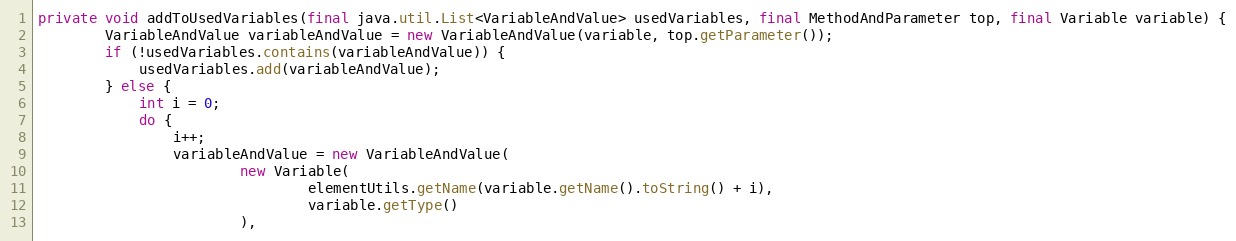
Language: Java
private void addToUsedVariables(final java.util.List<VariableAndValue> usedVariables, final MethodAndParameter top, final Variable variable) {
        VariableAndValue variableAndValue = new VariableAndValue(variable, top.getParameter());
        if (!usedVariables.contains(variableAndValue)) {
            usedVariables.add(variableAndValue);
        } else {
            int i = 0;
            do {
                i++;
                variableAndValue = new VariableAndValue(
                        new Variable(
                                elementUtils.getName(variable.getName().toString() + i),
                                variable.getType()
                        ),